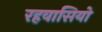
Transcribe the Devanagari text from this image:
रहवासियो